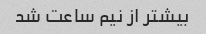
بیشتر از نیم ساعت شد